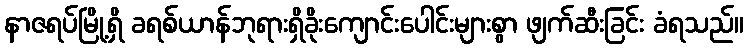
နာဇရပ်မြို့ရှိ ခရစ်ယာန်ဘုရားရှိခိုးကျောင်းပေါင်းများစွာ ဖျက်ဆီးခြင်း ခံရသည်။